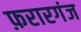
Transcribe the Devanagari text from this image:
फ़रारगंज